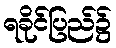
ရခိုင်ပြည်၌